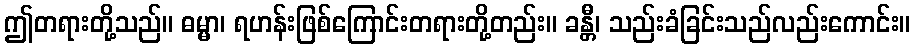
ဤတရားတို့သည်။ ဓမ္မာ၊ ရဟန်းဖြစ်ကြောင်းတရားတို့တည်း။ ခန္တီ၊ သည်းခံခြင်းသည်လည်းကောင်း။